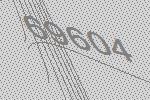
69604